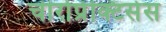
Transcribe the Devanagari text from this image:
चीरोप्रेक्टिसेस